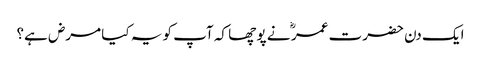
ایک دن حضرت عمر ؓ نے پو چھا کہ آپ کو یہ کیا مرض ہے؟